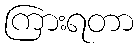
ကြားရတာ